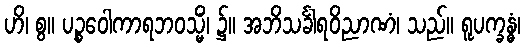
ဟိ၊ စွ။ ပဉ္စဝေါကာရဘဝသ္မိံ၊ ၌။ အဘိသင်္ခါရဝိညာဏံ၊ သည်။ ရူပက္ခန္ဓံ၊